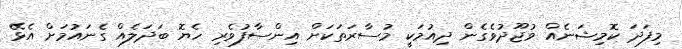
މިފަދަ ކޮމިޝަނެއް ވުޖޫދުވެގެން ދިއުމަކީ މުސާރަތަކަށް އިންސާފުވެރި ހެޔޮ ބަދަލެއް ގެނައުމަށް އެޅޭ